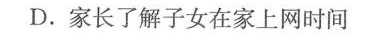
D.家长了解子女在家上网时间